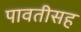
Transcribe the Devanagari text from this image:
पावतीसह